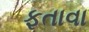
ફતાવા